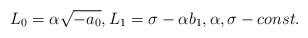
LaTeX: \begin{align*} {L}_0=\alpha \sqrt{- a_0},L_1=\sigma-\alpha b_1,\alpha, \sigma - const.\end{align*}